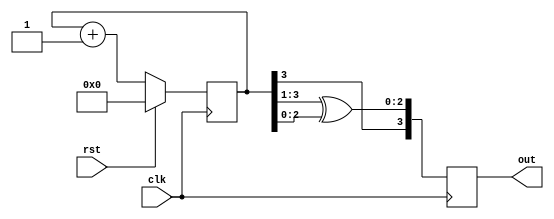
`timescale 1ns / 1ps
module gray_code_counter #(parameter N=4)(out,clk,rst);
output reg [N-1:0]out;
input clk,rst;
reg [N-1:0]q;

always @(posedge clk)
begin
if(rst)
q<='b0000;

else
q<=q+1;
`ifdef FOR_LOOP  
for (int i = 0; i < N-1; i= i+1) begin  
out[i] <= q[i+1] ^ q[i];  
end  
out[N-1] <= q[N-1];  
`else  
out <= {q[N-1], q[N-1:1] ^ q[N-2:0]};  
`endif
end
endmodule